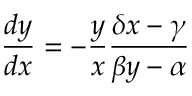
{ \frac { d y } { d x } } = - { \frac { y } { x } } { \frac { \delta x - \gamma } { \beta y - \alpha } }